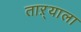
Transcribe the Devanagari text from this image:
ताऱ्‍याला